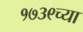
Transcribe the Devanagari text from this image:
१७३९च्या